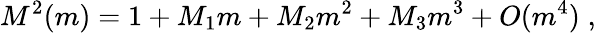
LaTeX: M^{2}(m)=1+M_{1}m+M_{2}m^{2}+M_{3}m^{3}+O(m^{4})\; ,